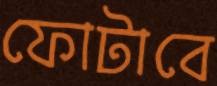
ফোটাবে